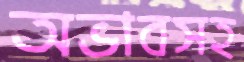
অভাবসহ